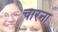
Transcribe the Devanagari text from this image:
चारना